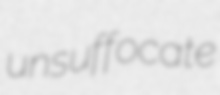
unsuffocate